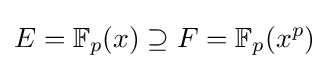
E=\mathbb {F} _{p}(x)\supseteq F=\mathbb {F} _{p}(x^{p})